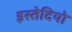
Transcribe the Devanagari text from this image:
इस्तेदियो